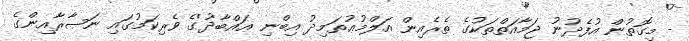
- މިގޮތުން އުފެދުނު ޖަމާއަތްތަކުގެ ތެރެއިން އަލްމުޢުތަމިދު އިބްނި ޢައްބާދު'ގެ ވެރިކަމުގައި ނަޞާރާއިންގެ